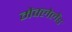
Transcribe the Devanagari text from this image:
मैक्लेलैंड